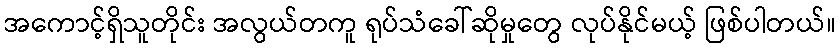
အကောင့်ရှိသူတိုင်း အလွယ်တကူ ရုပ်သံခေါ်ဆိုမှုတွေ လုပ်နိုင်မယ့် ဖြစ်ပါတယ်။